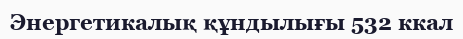
Энергетикалық құндылығы 532 ккал